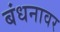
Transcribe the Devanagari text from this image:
बंधनावर